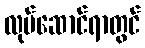
လုပ်ဆောင်ရာတွင်